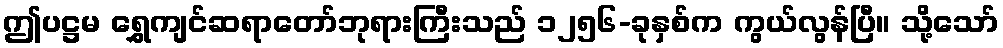
ဤပဋ္ဌမ ရွှေကျင်ဆရာတော်ဘုရားကြီးသည် ၁၂၅၆-ခုနှစ်က ကွယ်လွန်ပြီ။ သို့သော်